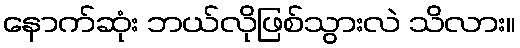
နောက်ဆုံး ဘယ်လိုဖြစ်သွားလဲ သိလား။